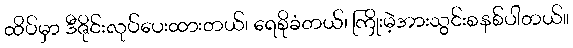
ထိပ်မှာ ဒီဇိုင်းလုပ်ပေးထားတယ်၊ ရေစိုခံတယ်၊ ကြိုးမဲ့အားသွင်းစနစ်ပါတယ်။